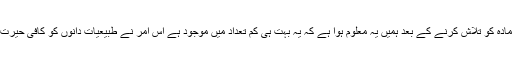
کائنات میں ضد مادّہ کو تلاش کرنے کے بعد ہمیں یہ معلوم ہوا ہے کہ یہ بہت ہی کم تعداد میں موجود ہے اس امر نے طبیعیات دانوں کو کافی حیرت میں ڈال دیا ہے۔